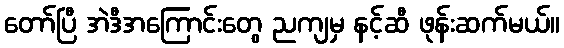
တော်ပြီ အဲဒီအကြောင်းတွေ ညကျမှ နင့်ဆီ ဖုန်းဆက်မယ်။